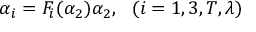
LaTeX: \alpha _ { i } = F _ { i } ( \alpha _ { 2 } ) \alpha _ { 2 } , ~ ~ ( i = 1 , 3 , T , \lambda )